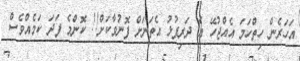
އަހަރެން ހިތްހަމަ އެއްޖުހޭ އެ ދަރިފުޅު އެތަނަށް ފޮނުވާކަށް!! ކޮންމެ ފަދަ ކަމެއްވެސް